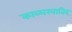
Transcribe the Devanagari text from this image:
काळाखातिर